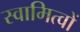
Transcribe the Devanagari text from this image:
स्वामित्वों